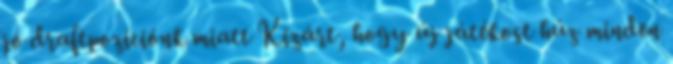
jó draftpozíciónk miatt Kizárt, hogy új játékost húz minden